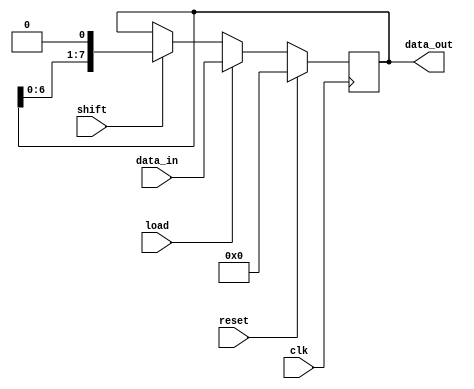
module register(
    input wire clk,
    input wire reset,
    input wire load,
    input wire shift,
    input wire [7:0] data_in,
    output reg [7:0] data_out
);
    
    reg [7:0] register_data;

    always @(posedge clk) begin
        if (reset) begin
            register_data <= 8'b0; // Reset the register data to all zeros
        end else begin
            if (load) begin
                register_data <= data_in; // Load new data into the register
            end else if (shift) begin
                register_data <= register_data << 1; // Shift the data left by 1 bit
            end
        end
    end

    assign data_out = register_data;

endmodule